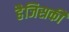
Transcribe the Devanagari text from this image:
हैजिसकी